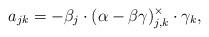
LaTeX: \begin{align*}a_{jk} = -\beta_{j} \cdot (\alpha - \beta \gamma)_{j,k}^{\times} \cdot \gamma_k,\end{align*}